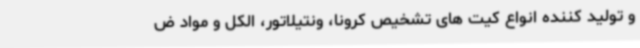
و تولید کننده انواع کیت های تشخیص کرونا، ونتیلاتور، الکل و مواد ض